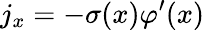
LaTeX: j_{x}=-\sigma(x)\varphi^{\prime}(x)